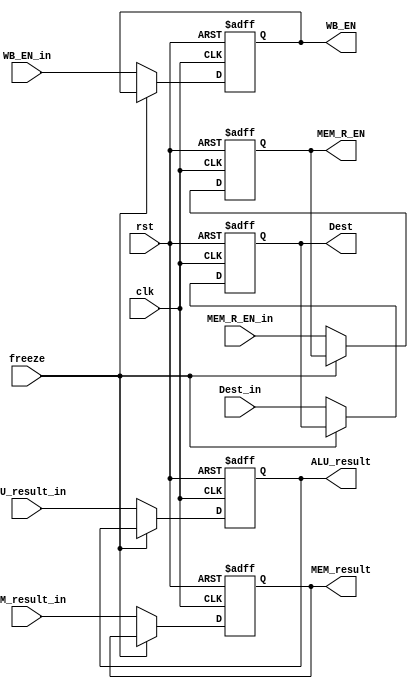
module MEM_Stage_Reg(
  input clk,rst,
  input WB_EN_in, MEM_R_EN_in,
  input[31:0] ALU_result_in, MEM_result_in,
  input[3:0] Dest_in,

  input freeze,

  output reg WB_EN, MEM_R_EN,
  output reg[31:0] ALU_result, MEM_result,
  output reg[3:0] Dest
);
  always@(posedge clk, posedge rst)
    if(rst)begin
      WB_EN=1'b0;
      MEM_R_EN=1'b0;
      ALU_result=0;
      MEM_result=0;
      Dest=4'b0;
    end
    else if(~freeze)begin
      WB_EN=WB_EN_in;
      MEM_R_EN=MEM_R_EN_in;
      ALU_result=ALU_result_in;
      MEM_result=MEM_result_in;
      Dest=Dest_in;
    end
endmodule